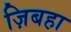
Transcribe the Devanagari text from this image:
ज़िबहा